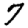
Digit: 7